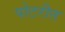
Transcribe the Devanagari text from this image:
पोटरीत